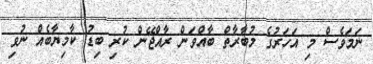
ނަމަވެސް މި އަހަރުގެ މުބާރާތް ބާއްވަން ރާއްޖޭން ކުރި ބިޑު ކާމިޔާބެއް ނުވި